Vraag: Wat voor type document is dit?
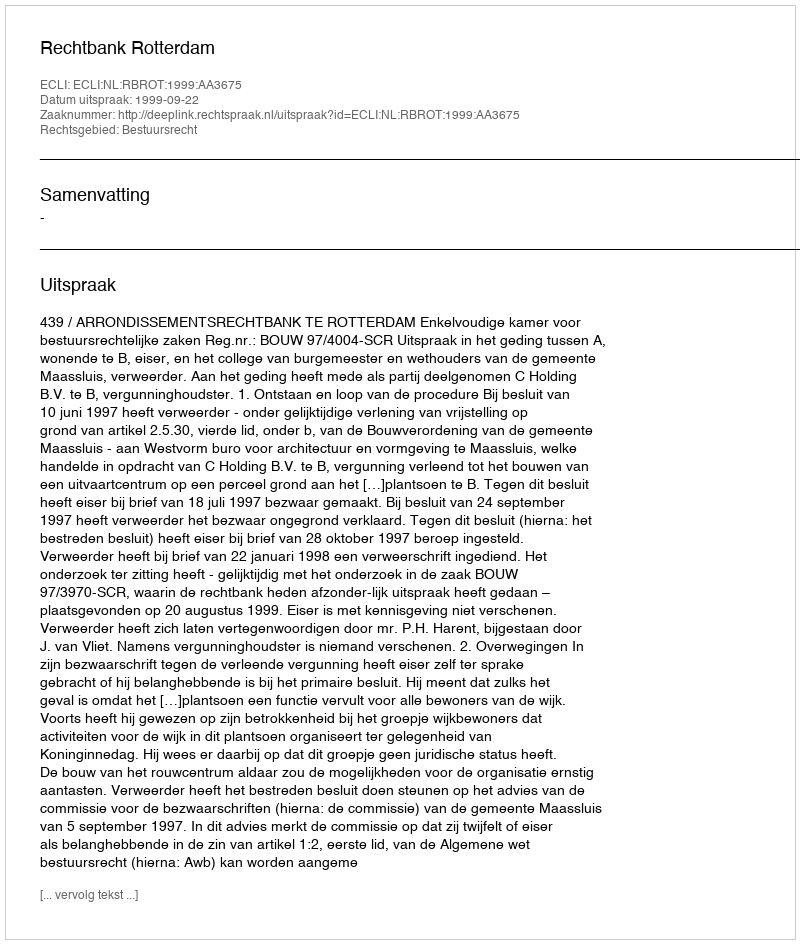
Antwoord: Uitspraak